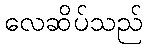
လေဆိပ်သည်